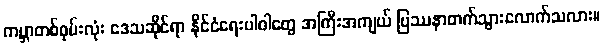
ကမ္ဘာတစ်ဝှမ်းလုံး ဒေသဆိုင်ရာ နိုင်ငံရေးပါဝါတွေ အကြီးအကျယ် ပြဿနာတက်သွားလောက်သလား။